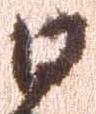
日